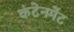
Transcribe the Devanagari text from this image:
कंटेनमेंट